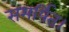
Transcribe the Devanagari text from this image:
समर्पित।